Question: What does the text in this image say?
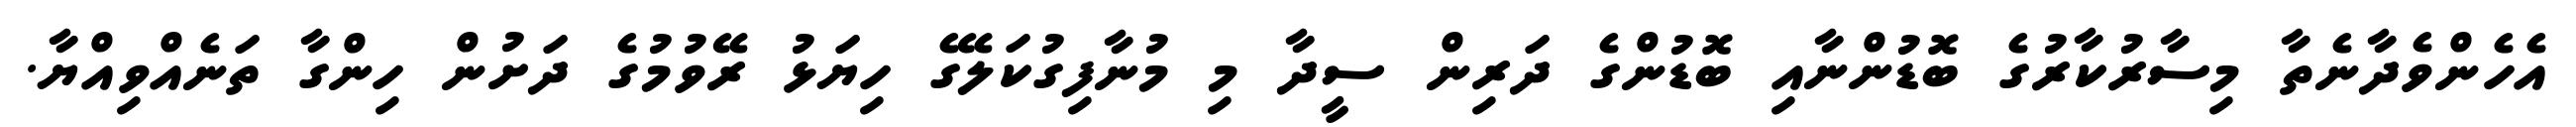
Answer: އެހެންވެދާނެތާ މިސާރުކާރުގެ ބޮޑުންނާއި ބޮޑުންގެ ދަރިން ސީދާ މި މުނާފިގުކަލޭގެ ހިޔަޅު ރޭވުމުގެ ދަށުން ހިންގާ ތަނެއްވިއްޔާ.